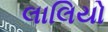
લાલિયો